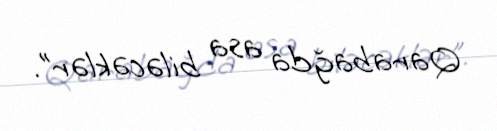
Qarabağda asa biləcəklər”.